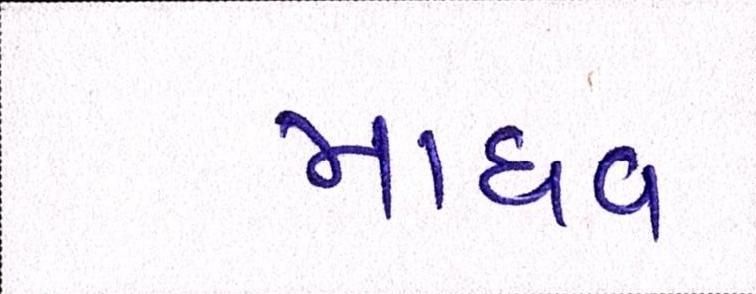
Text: માધવ